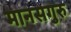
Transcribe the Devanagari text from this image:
मानसगुरु